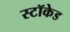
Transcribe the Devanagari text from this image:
स्टॉकेड